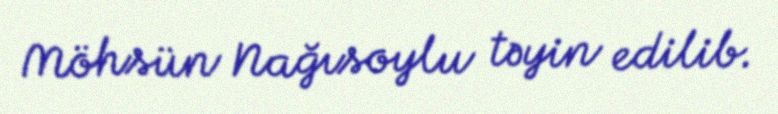
Möhsün Nağısoylu təyin edilib.